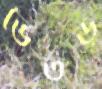
ভৈতড়